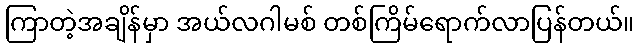
ကြာတဲ့အချိန်မှာ အယ်လဂါမစ် တစ်ကြိမ်ရောက်လာပြန်တယ်။